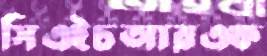
সিএইচআরএফ